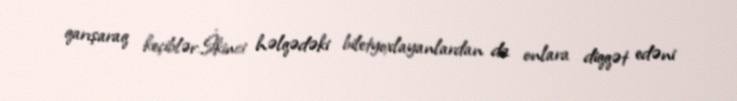
qarışaraq keçiblər.İkinci həlqədəki biletyoxlayanlardan da onlara diqqət edəni